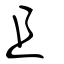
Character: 且